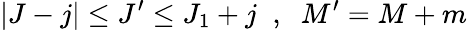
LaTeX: |J-j|\le J^{\prime}\le J_{1}+j\; \; ,\; \; M^{\prime}=M+m